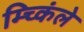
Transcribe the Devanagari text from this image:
म्च्किंले